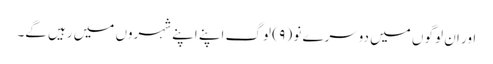
اور ان لوگو ں میں دوسرے نو ( ۹ ) لوگ اپنے اپنے شہروں میں رہیں گے۔